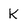
Character: k